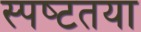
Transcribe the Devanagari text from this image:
स्‍पष्‍टतया